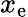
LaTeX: x_{\mathrm{e}}